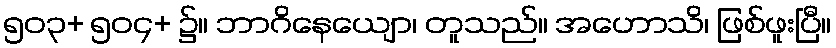
၅၀၃+ ၅၀၄+ ၌။ ဘာဂိနေယျော၊ တူသည်။ အဟောသိ၊ ဖြစ်ဖူးပြီ။